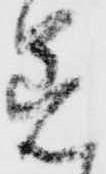
著